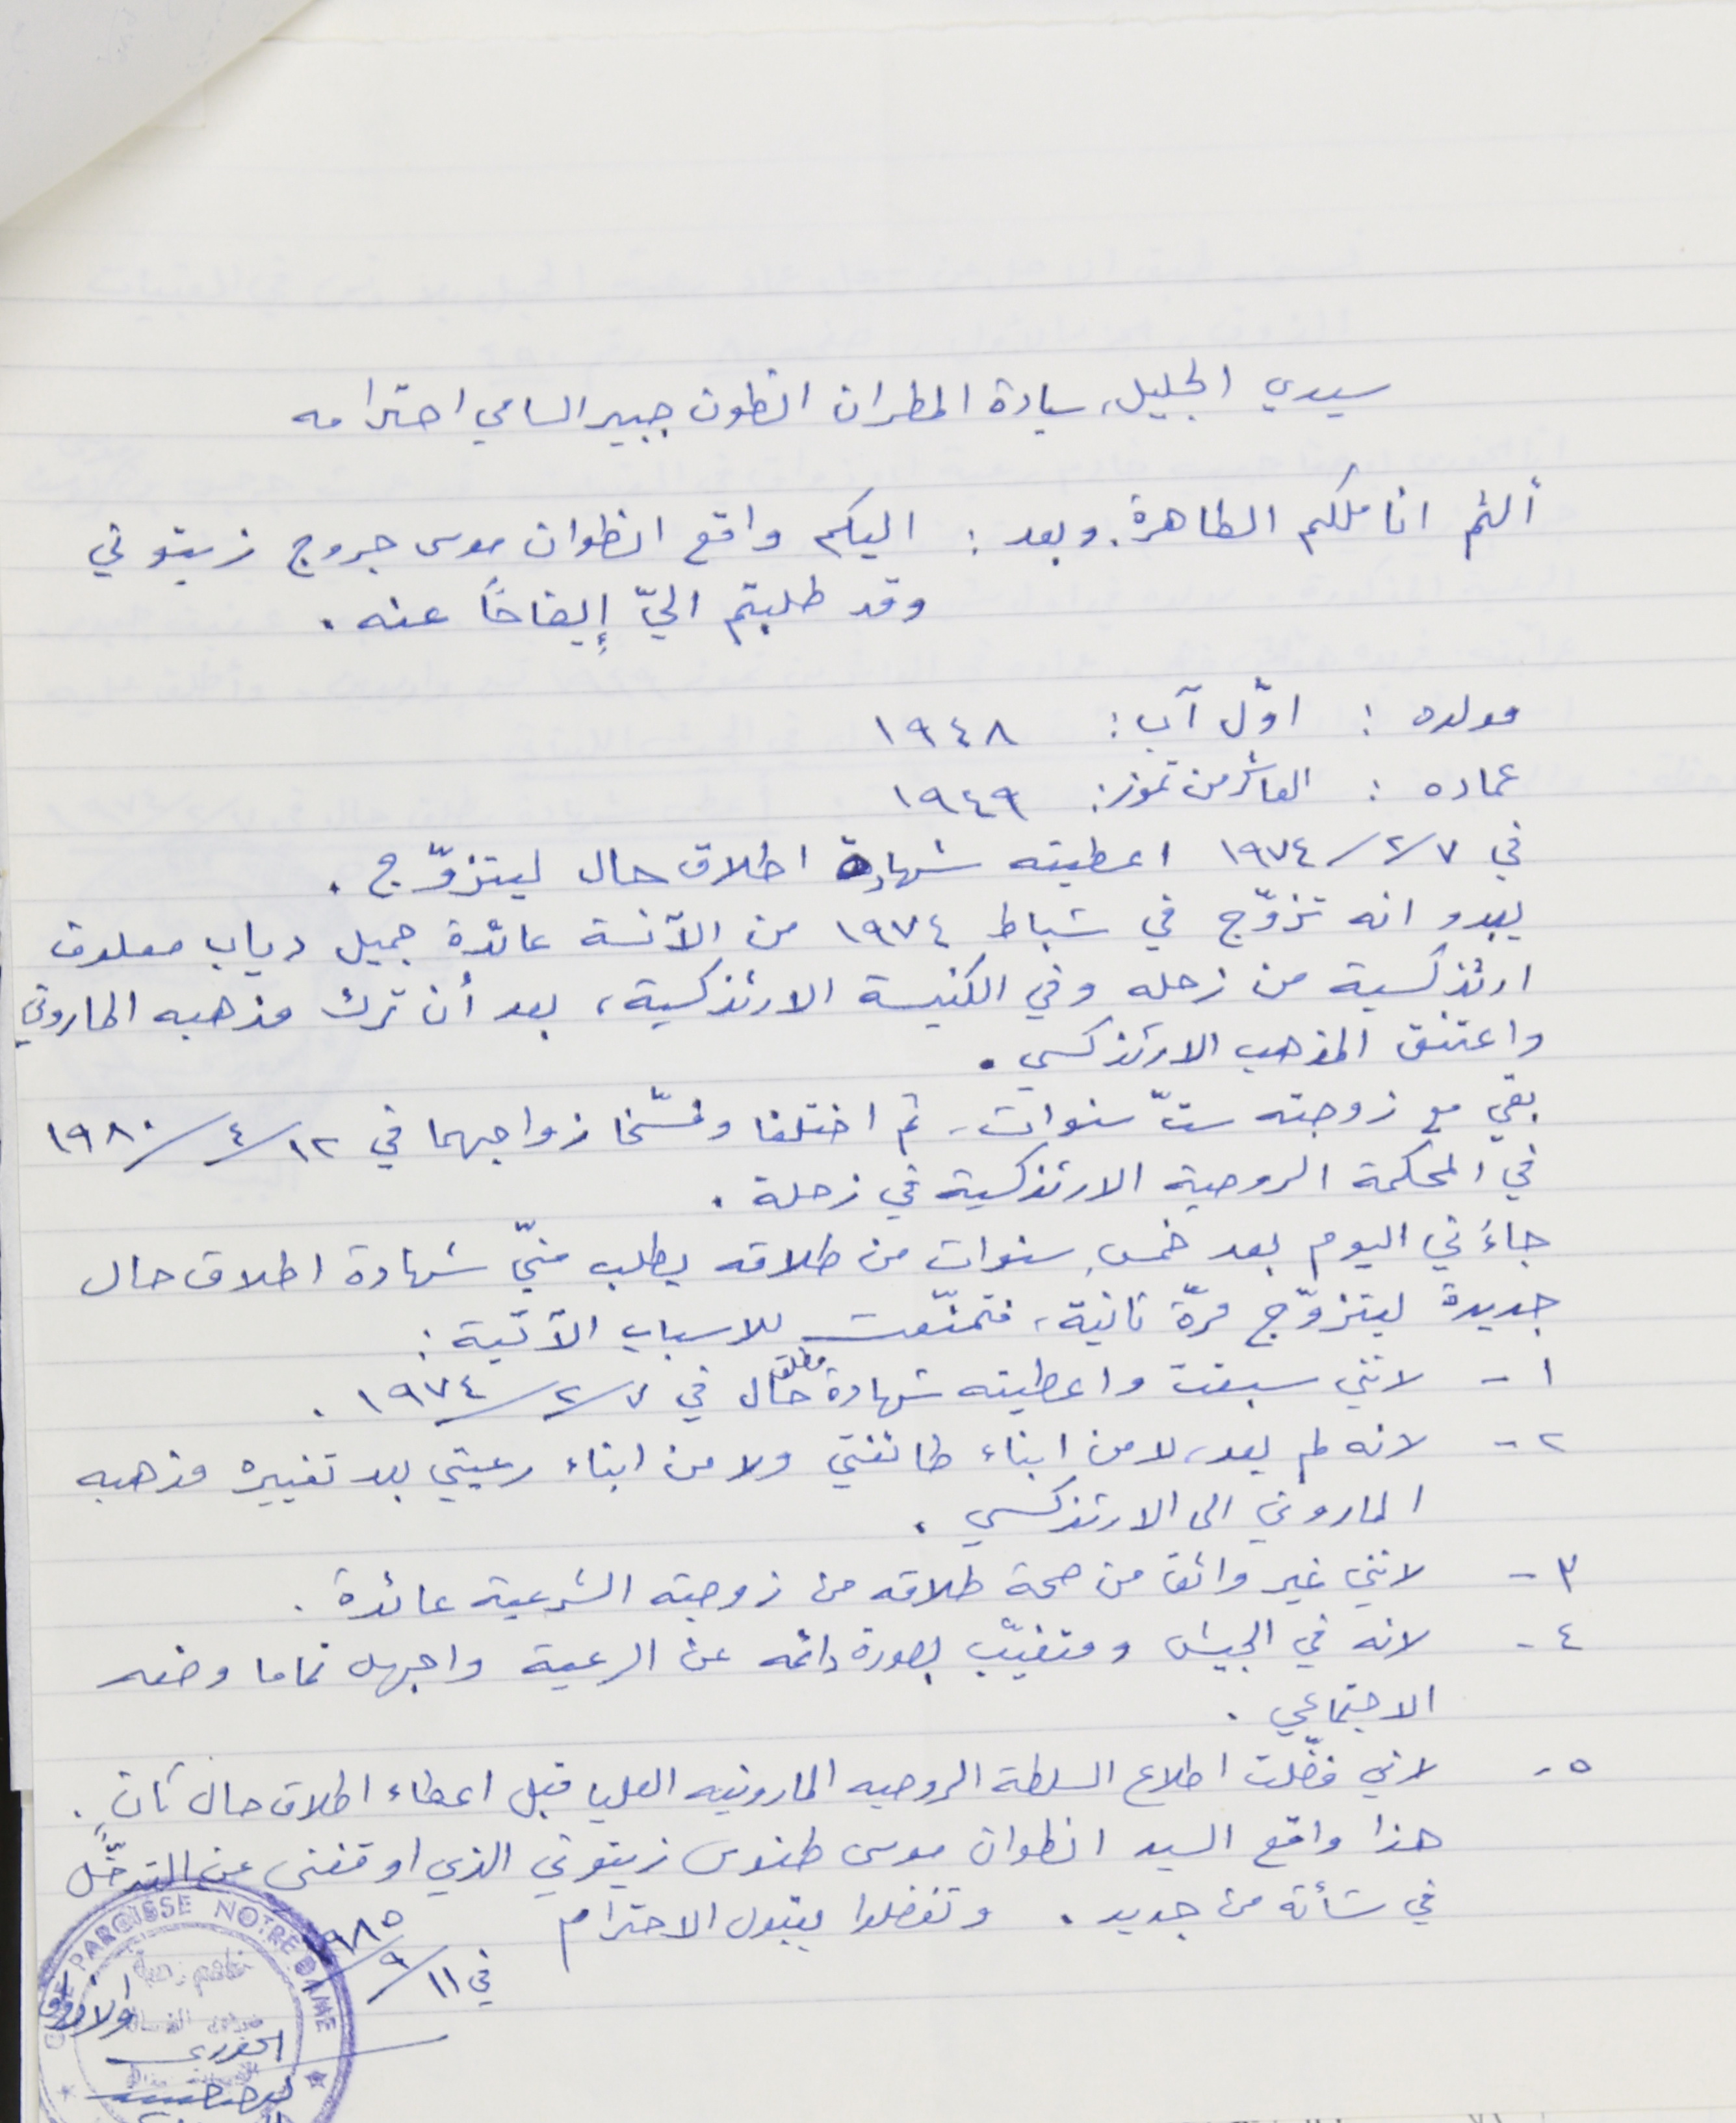
سيدي الجليل, سيادة المطران انطون جبير السامي احترامه
ألثم اناملكم الطاهرة. وبعد : اليكم واقع انطوان موسى جروج زيتوني
وقد طلبتم اليّ إيضاحاً عنه.
مولده : اوّل آب : ١٩٤٨
عماده : العاشر من تموز : ١٩٤٩
في ٧/ ٢/ ١٩٧٤ اعطيته شهادة اطلاق حال ليتزوّج .
يبدو انه تزوّج في شباط ١٩٧٤ من الآنسة عائدة جميل دياب معلوف
ارثذكسية من زحله وفي الكنيسة الارثذكسية، بعد أن ترك مذهبه الماروني
واعتنق المذهب الارثذكسي.
بقي مع زوجته ستّ سنوات - ثم اختلفا وفسّخا زواجهما في ١٩٨٠/٤/١٢
في المحكمة الروحية الارثذكسية في زحلة .
جاءَني اليوم بعد خمسِ سنوات من طلاقه يطلب منيّ شهادة اطلاق حال
جديدة ليتزوّج مرة ثانية، فتمنّعت للاسباب الآتية :
١ - لانني سبقت واعطيته شهادة مطلق حال في ١٩٧٤/٢/٧.
٢ - لانه لم يعد، لا من ابناء طائفتي ولا من ابناء رعيتي بعد تغييره مذهبه
الماروني الى الارثذكسي .
٣ - لانني غير واثق من صحة طلاقه من زوجته الشرعية عائدة .
٤ - لانه في الجيش ومتغيّب بصورة دائمه عن الرعية واجهل تماما وضعه
الاجتماعي .
٥ - لاني فضّلت اطلاع السلطة الروحيه المارونيه العليا قبل اعطاء اطلاق حال ثانٍ .
هذا واقع السيد انطوان موسى طنوس زيتوني الذي اوقفني عن التدخّل
في شأنه من جديد . وتفضلوا بقبول الاحترام .

الخوري يوحنا حبيب
في ١٩٨٥/٩/١١